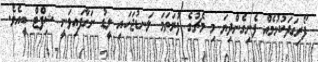
ފޯރިގަދަކުޅުމެއް ފެނިގެންދިޔަ މި މެޗުގެ ފުރަތަމަ ލަނޑުޖަހައި ލީޑު ނަގާފައިވަނީ ޝިފްޓް ބީއެވެ.